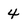
Character: 4